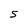
Character: 5